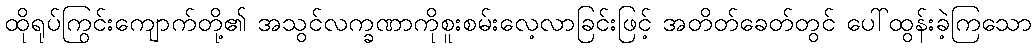
ထိုရုပ်ကြွင်းကျောက်တို့၏ အသွင်လက္ခဏာကိုစူးစမ်းလေ့လာခြင်းဖြင့် အတိတ်ခေတ်တွင် ပေါ်ထွန်းခဲ့ကြသော